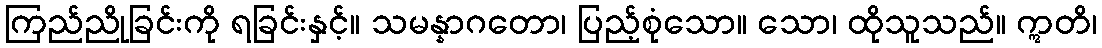
ကြည်ညိုခြင်းကို ရခြင်းနှင့်။ သမန္နာဂတော၊ ပြည့်စုံသော။ သော၊ ထိုသူသည်။ ဣတိ၊